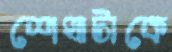
শেখাটাকে